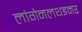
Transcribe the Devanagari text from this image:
लांगेनलथइमर